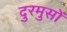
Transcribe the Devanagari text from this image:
दुरमुसों